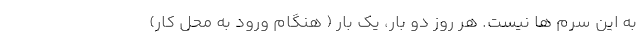
به این سرم ها نیست. هر روز دو بار، یک بار ( هنگام ورود به محل کار)